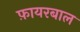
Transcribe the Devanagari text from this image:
फ़ायरबाल